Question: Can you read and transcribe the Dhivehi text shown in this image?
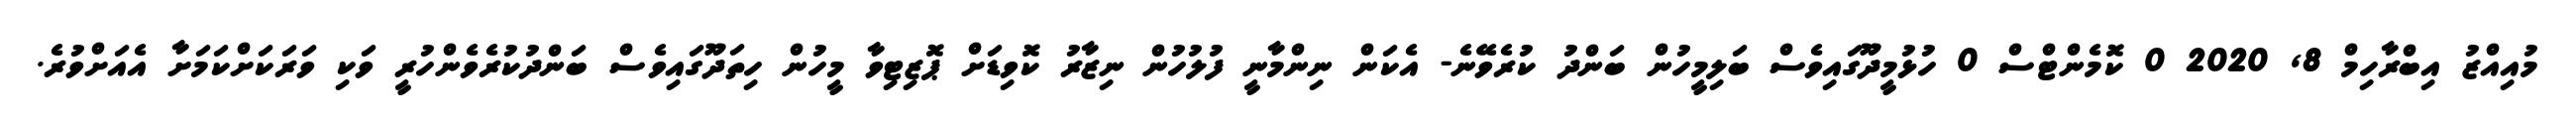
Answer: މުއިއްޒު އިބްރާހިމް 8, 2020 0 ކޮމެންޓްސް 0 ހުޅުމީދޫގައިވެސް ބަލިމީހުން ބަންދު ކުރެވޭނެ- އެކަން ނިންމާނީ ފުލުހުން ނިޒާރު ކޮވިޑަށް ޕޮޒިޓިވާ މީހުން ހިތަދޫގައިވެސް ބަންދުކުރެވެންހުރީ ވަކި ވަރަކަށްކަމަށާ އެއަށްވުރެ.